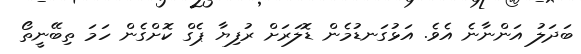
ބަދަލު އަންނާނެ އެވެ. އަޅުގަނޑުމެން ޑޮލަރަށް ރުފިޔާ ޕެގް ކޮށްގެން ހަމަ ތިބޭނީތޯ